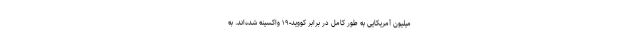
میلیون آمریکایی به طور کامل در برابر کووید-۱۹ واکسینه شده‌اند. به